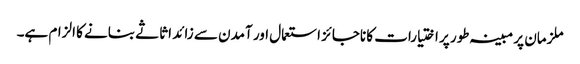
ملزمان پر مبینہ طور پر اختیارات کا ناجائز استعمال اور آمدن سے زائد اثاثے بنانے کا الزام ہے۔